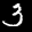
Digit: 3